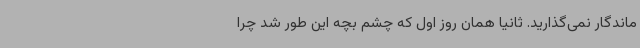
ماندگار نمی‌گذارید. ثانیاً همان روز اول که چشم بچه این طور شد چرا